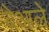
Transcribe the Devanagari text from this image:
बेआले